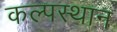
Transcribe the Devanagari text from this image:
कल्पस्थान